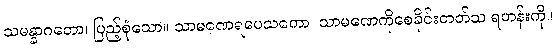
သမန္နာဂတော၊ ပြည့်စုံသော။ သာမဏေရပေသကော၊ သာမဏေကိုစေခိုင်းတတ်သ ရဟန်းကို။